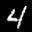
Label: 4